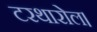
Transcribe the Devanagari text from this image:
टरथारोल।